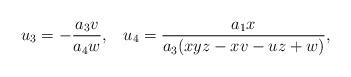
LaTeX: \begin{align*}u_3= - \frac{a_3 v}{a_4 w},\;\;\;u_4= \frac{a_1 x}{a_3(xyz-xv-uz+w)},\end{align*}